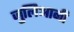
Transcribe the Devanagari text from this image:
जुलिआनी